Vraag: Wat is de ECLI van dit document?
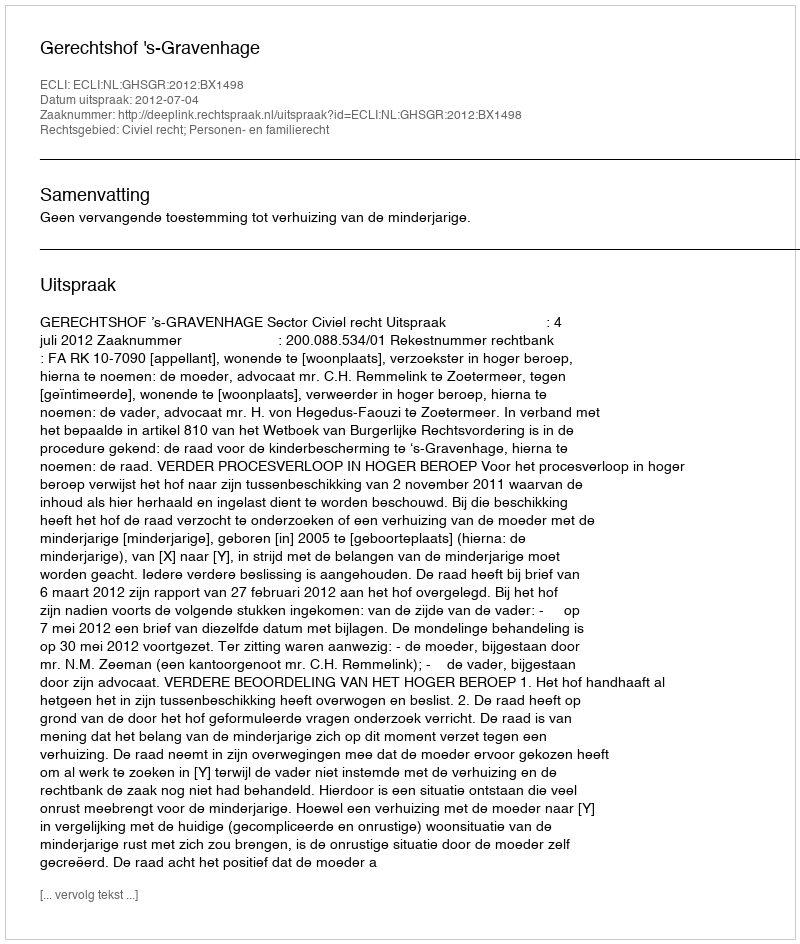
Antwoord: ECLI:NL:GHSGR:2012:BX1498